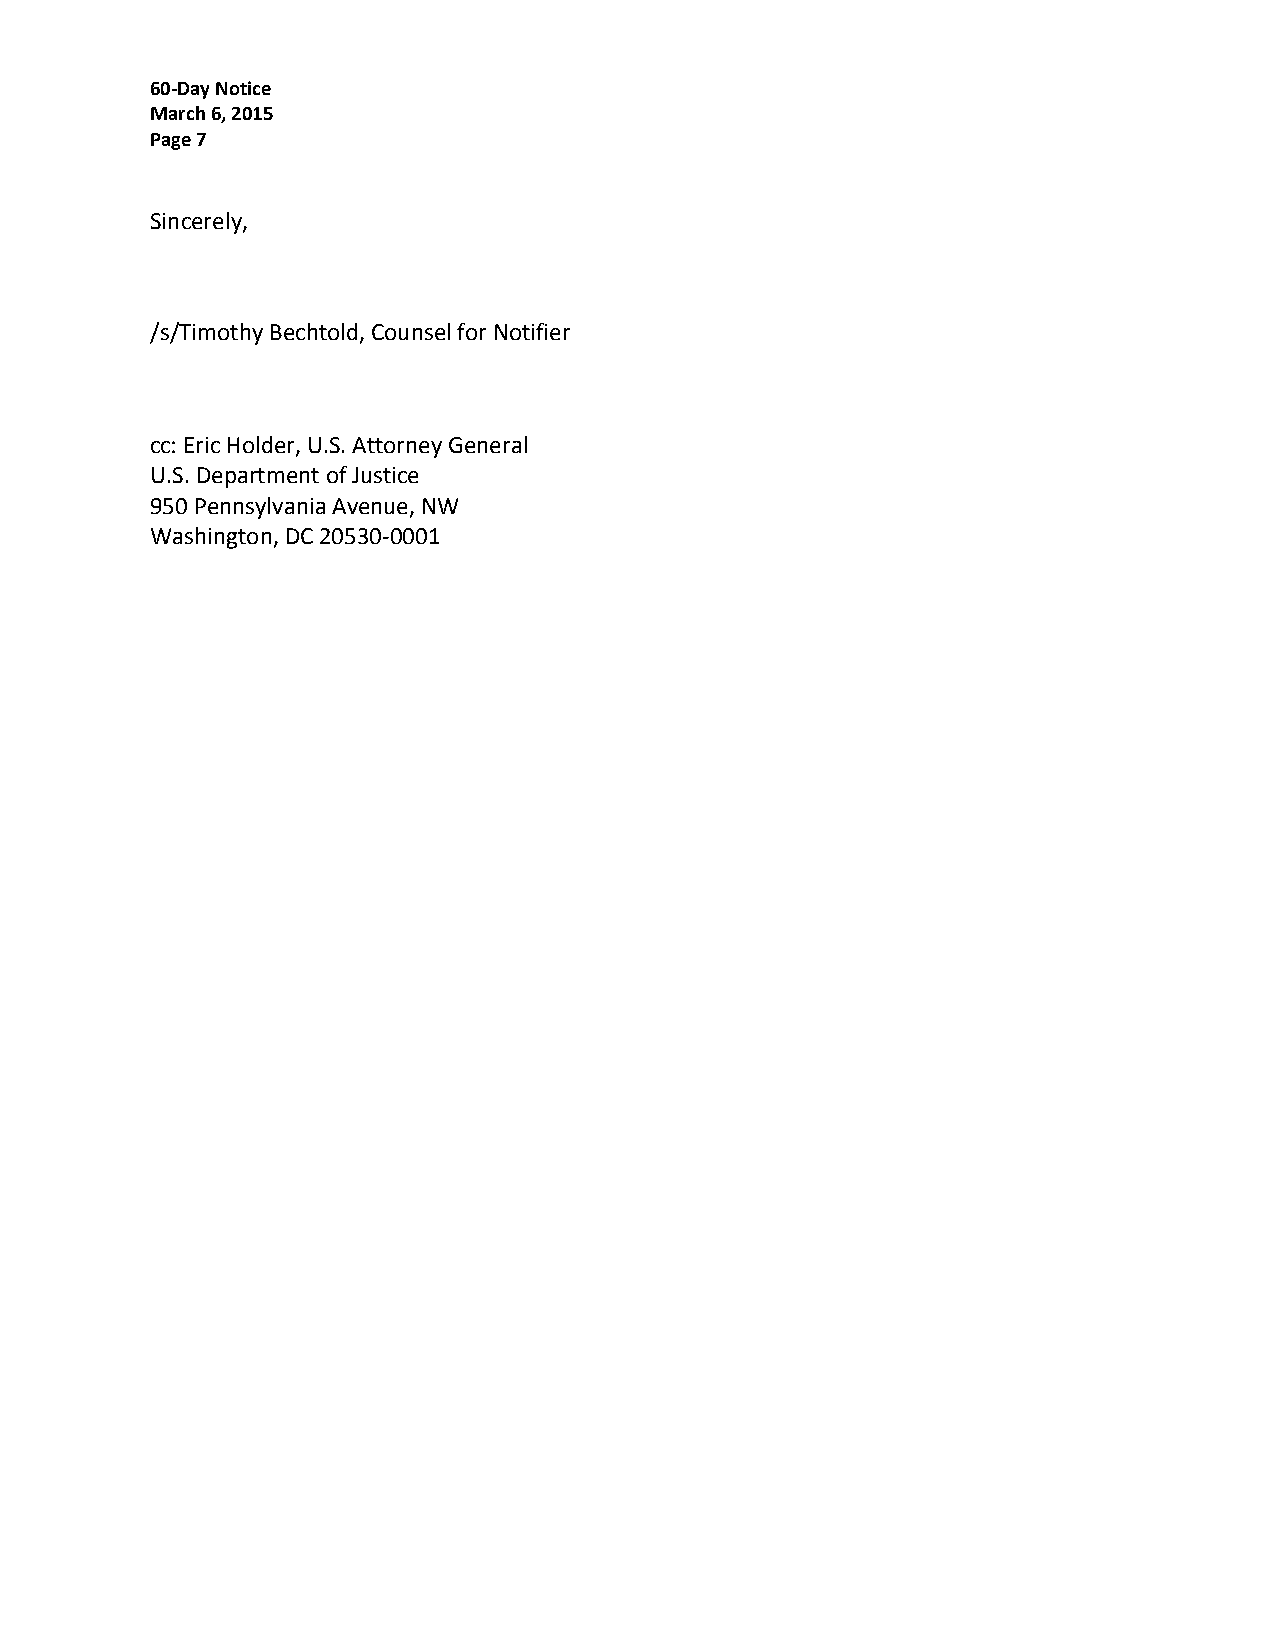
60-Day Notice
 March 6, 2015
 Page 7
 Sincerely,
 /s/Timothy Bechtold, Counsel for Notifier
 cc: Eric Holder, U.S. Attorney General
 U.S. Department of Justice
 950 Pennsylvania Avenue, NW
 Washington, DC 20530-0001